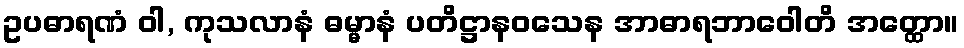
ဥပဓာရဏံ ဝါ, ကုသလာနံ ဓမ္မာနံ ပတိဋ္ဌာနဝသေန အာဓာရဘာဝေါတိ အတ္ထော။